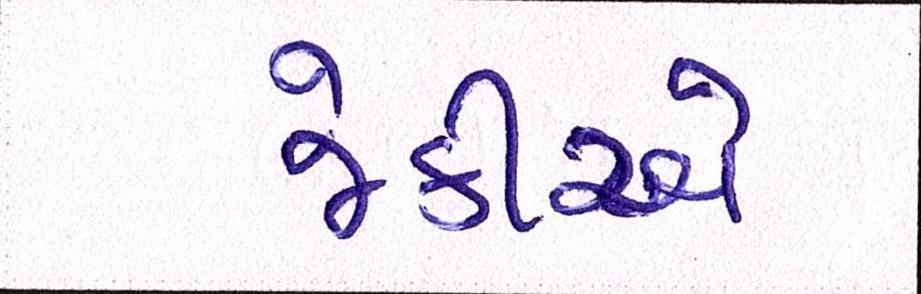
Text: જેકીએ